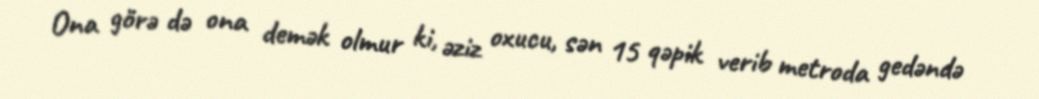
Ona görə də ona demək olmur ki, əziz oxucu, sən 15 qəpik verib metroda gedəndə